Document type: Sale
Year: 1326
Scribe: Bartomeu Marc
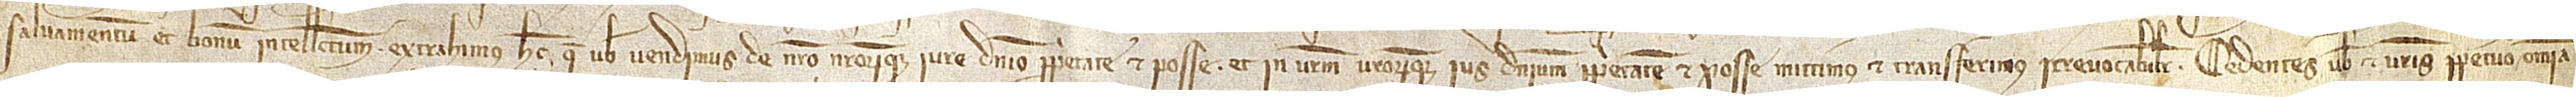
salvamentum et bonum intellectum, extrahimus hec que vobis vendimus de nostro nostrorumque iure, dominio, proprietate et posse, et in vestrum vestrorumque ius, dominium, proprietatem et posse mittimus et transferimus irrevicabiliter. Cedentes vobis et vestris perpetuo omnia